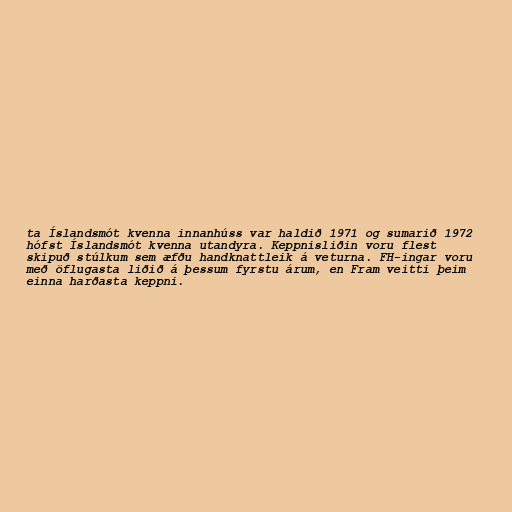
ta Íslandsmót kvenna innanhúss var haldið 1971 og sumarið 1972
hófst Íslandsmót kvenna utandyra. Keppnisliðin voru flest
skipuð stúlkum sem æfðu handknattleik á veturna. FH-ingar voru
með öflugasta liðið á þessum fyrstu árum, en Fram veitti þeim
einna harðasta keppni.